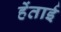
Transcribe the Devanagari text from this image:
हेंताई